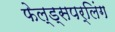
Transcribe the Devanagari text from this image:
फेल्ड्सपर्लिंग